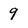
Character: 9